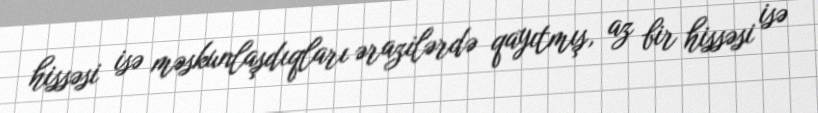
hissəsi isə məskunlaşdıqları ərazilərdə qayıtmış, az bir hissəsi isə